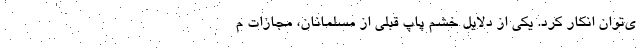
ی‌توان انکار کرد. یکی از دلایل خشم پاپ قبلی از مسلمانان، مجازات م